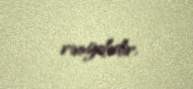
rəngdədir.